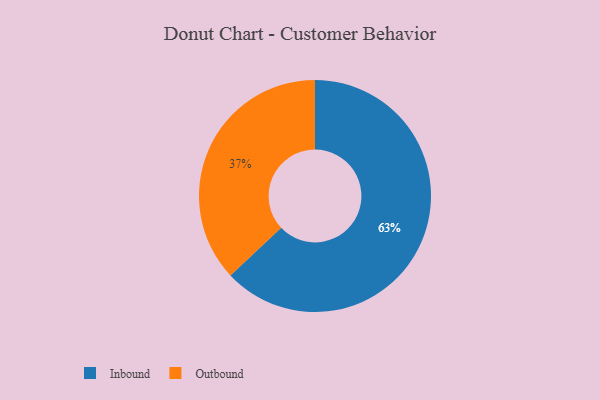
{"axis": {"x": "Category", "y": "Percentage"}, "legend": ["Inbound", "Outbound"], "data": [{"x": "Inbound", "y": 63, "type": "Inbound"}, {"x": "Outbound", "y": 37, "type": "Outbound"}]}